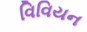
વિવિયન